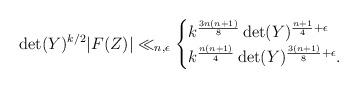
LaTeX: \begin{align*} \det(Y)^{k/2} |F(Z)| \ll_{n,\epsilon}\begin{cases} k^{\frac{3n(n+1)}{8}} \det(Y)^{\frac{n+1}{4}+\epsilon}\\ k^{\frac{n(n+1)}{4}} \det(Y)^{\frac{3(n+1)}{8}+\epsilon}.\end{cases}\end{align*}